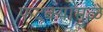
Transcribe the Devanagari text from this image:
फटक्यामुळे